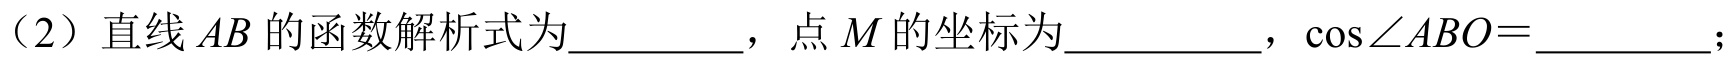
（2）直线 \(AB\) 的函数解析式为  ，点 \(M\) 的坐标为  ，\(\cos\angle ABO =\)  ；